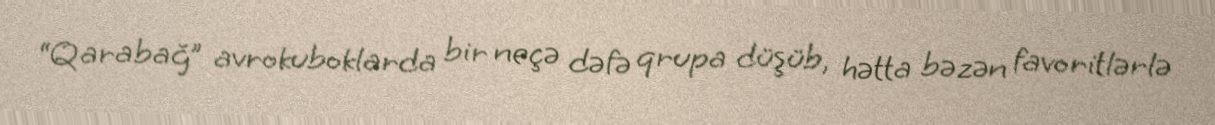
“Qarabağ” avrokuboklarda bir neçə dəfə qrupa düşüb, hətta bəzən favoritlərlə